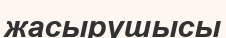
жасырушысы